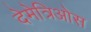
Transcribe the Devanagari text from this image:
देमेत्रिओस